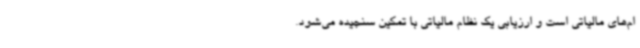
ام‌های مالیاتی است و ارزیابی یک نظام مالیاتی با تمکین سنجیده می‌شود.